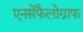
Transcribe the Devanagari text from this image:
एनसेफैलोग्राफ